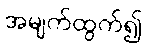
အမျက်ထွက်၍